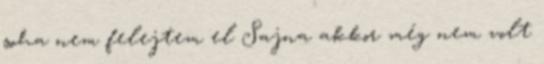
soha nem felejtem el Sajna akkor még nem volt